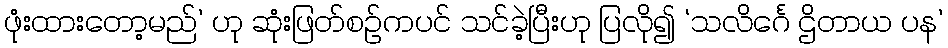
ဖုံးထားတော့မည်’ ဟု ဆုံးဖြတ်စဉ်ကပင် သင်ခဲ့ပြီးဟု ပြလို၍ ‘သလိင်္ဂေ ဌိတာယ ပန’